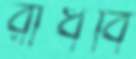
রাঁধবি